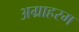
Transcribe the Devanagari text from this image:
अग्राहरम